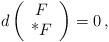
LaTeX: \begin{align*}d \left( \begin{array}{c} F\\ $*$F\end{array}\right) = 0\,,\end{align*}